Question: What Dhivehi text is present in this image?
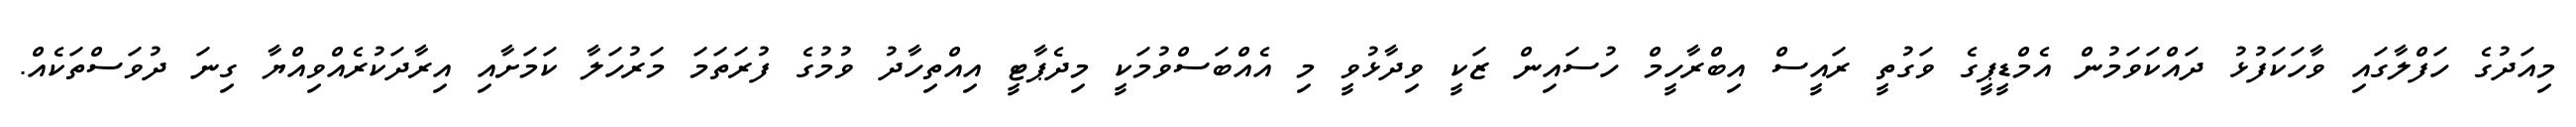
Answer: މިއަދުގެ ހަފްލާގައި ވާހަކަފުޅު ދައްކަވަމުން އެމްޑީޕީގެ ވަގުތީ ރައީސް އިބްރާހީމް ހުސައިން ޒަކީ ވިދާޅުވީ މި އެއްބަސްވުމަކީ މިދެޕާޓީ އިއްތިހާދު ވުމުގެ ފުރަތަމަ މަރުހަލާ ކަމަށާއި އިރާދަކުރެއްވިއްޔާ ގިނަ ދުވަސްތަކެއް.